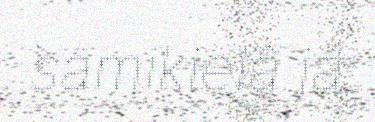
sämikielâ já